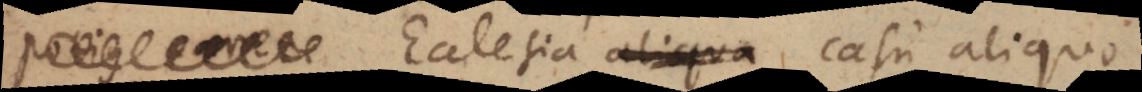
carere Ecclesia aliqua casu aliquo